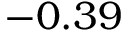
- 0 . 3 9